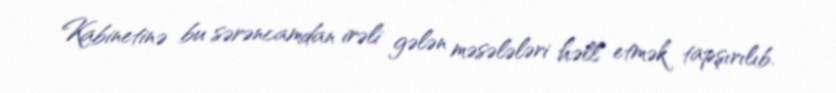
Kabinetinə bu sərəncamdan irəli gələn məsələləri həll etmək tapşırılıb.